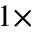
1 \times